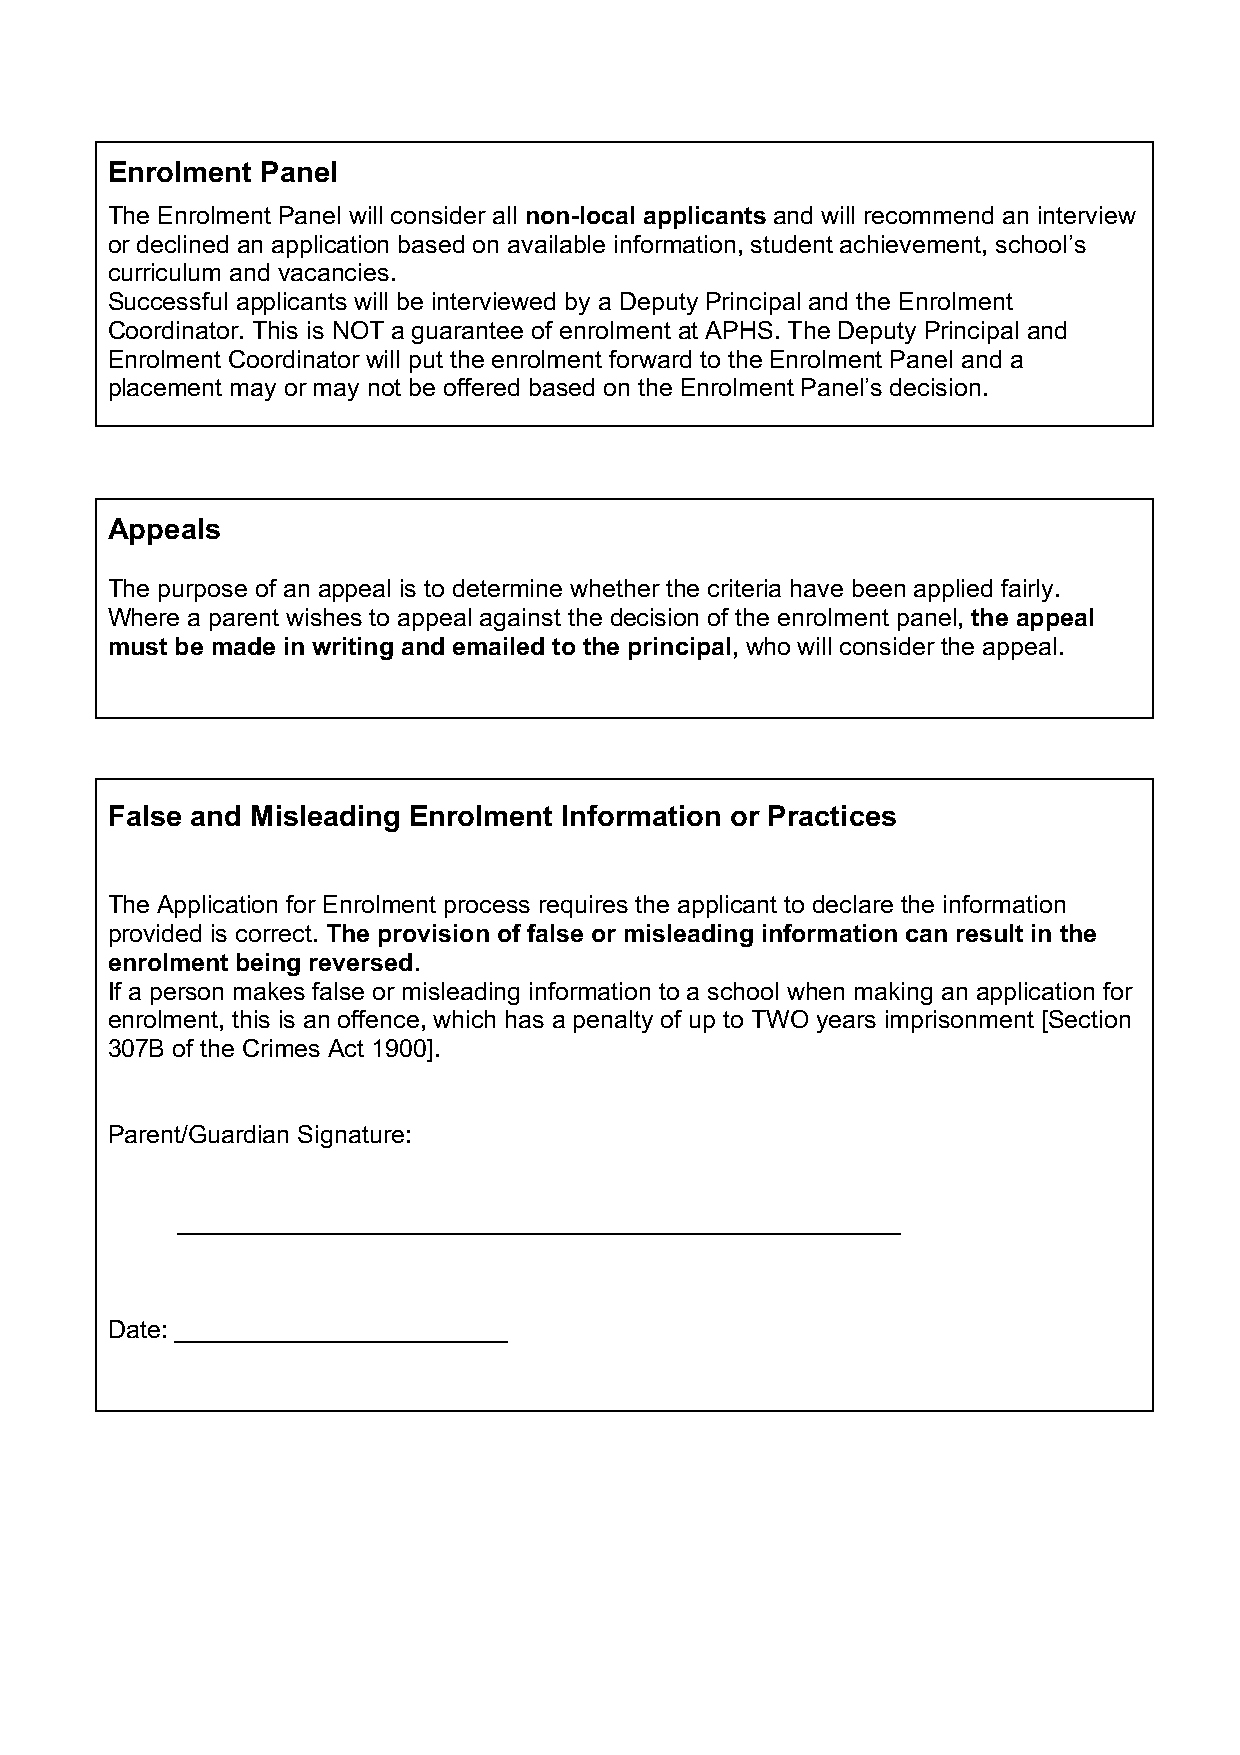
Enrolment Panel
 The Enrolment Panel will consider all non-local applicants and will recommend an interview
 or declined an application based on available information, student achievement, school’s
 curriculum and vacancies.
 Successful applicants will be interviewed by a Deputy Principal and the Enrolment
 Coordinator. This is NOT a guarantee of enrolment at APHS. The Deputy Principal and
 Enrolment Coordinator will put the enrolment forward to the Enrolment Panel and a
 placement may or may not be offered based on the Enrolment Panel’s decision.
 Appeals
 The purpose of an appeal is to determine whether the criteria have been applied fairly.
 Where a parent wishes to appeal against the decision of the enrolment panel, the appeal
 must be made in writing and emailed to the principal, who will consider the appeal.
 False and Misleading Enrolment Information or Practices
 The Application for Enrolment process requires the applicant to declare the information
 provided is correct. The provision of false or misleading information can result in the
 enrolment being reversed.
 If a person makes false or misleading information to a school when making an application for
 enrolment, this is an offence, which has a penalty of up to TWO years imprisonment [Section
 307B of the Crimes Act 1900].
 Parent/Guardian Signature:
 ____________________________________________________
 Date: ________________________